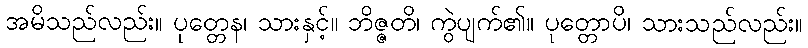
အမိသည်လည်း။ ပုတ္တေန၊ သားနှင့်။ ဘိဇ္ဇတိ၊ ကွဲပျက်၏။ ပုတ္တောပိ၊ သားသည်လည်း။